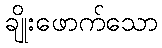
ချိုးဖောက်သော